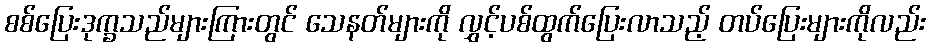
စစ်ပြေးဒုက္ခသည်များကြားတွင် သေနတ်များကို လွှင့်ပစ်ထွက်ပြေးလာသည့် တပ်ပြေးများကိုလည်း